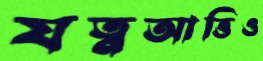
যত্নআত্তিও